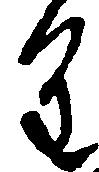
重